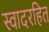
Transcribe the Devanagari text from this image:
स्वादरहित